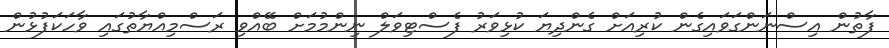
ފާތުން އިސްނަންގަވައިގެން ކުރިއަށް ގެންދިޔަ ކުޅިވަރު ފެސްޓިވަލް ނިންމުމަށް ބޭއްވި ރަސްމިއްޔާތުގައި ވާހަކަފުޅުން